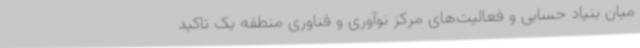
میان بنیاد حسابی و فعالیت‌های مرکز نوآوری و فناوری منطقه یک تاکید